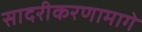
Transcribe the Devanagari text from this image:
सादरीकरणामागे